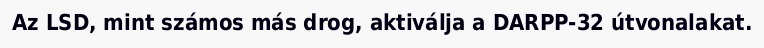
Az LSD, mint számos más drog, aktiválja a DARPP-32 útvonalakat.